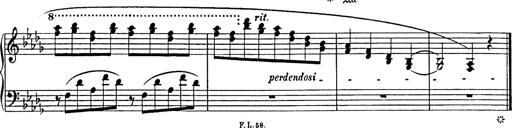
Title: Consolations
Composer: Franz Liszt